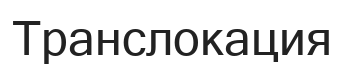
Транслокация